Black-water fever - Number 35
Disease focus: Fever
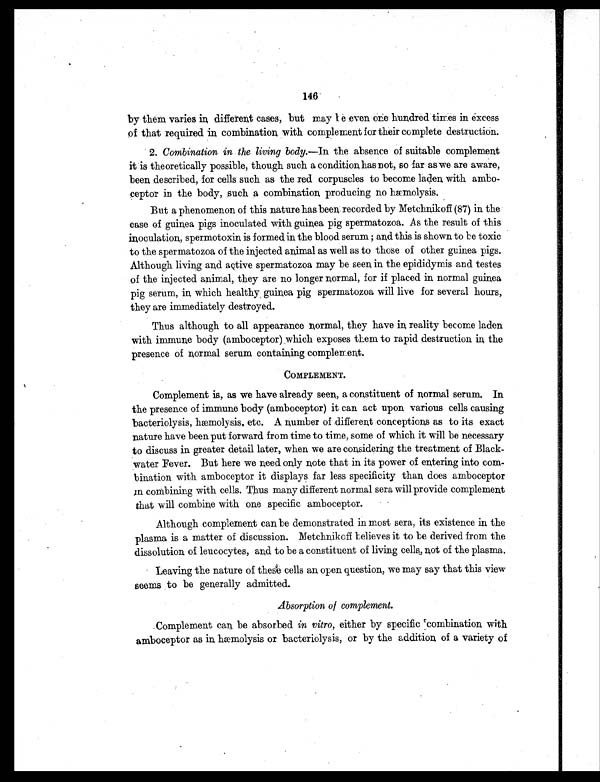
146
by them varies in different cases, but may be even one hundred times in excess
of that required in combination with complement for their complete destruction.
2. Combination in the living body.—In the absence of suitable complement
it is theoretically possible, though such a condition has not, so far as we are aware,
been described, for cells such as the red corpuscles to become laden with ambo-
ceptor in the body, such a combination producing no hæmolysis.
But a phenomenon of this nature has been recorded by Metchnikoff (87) in the
case of guinea pigs inoculated with guinea pig spermatozoa. As the result of this
inoculation, spermotoxin is formed in the blood serum ; and this is shown to be toxic
to the spermatozoa of the injected animal as well as to those of other guinea pigs.
Although living and active spermatozoa may be seen in the epididymis and testes
of the injected animal, they are no longer normal, for if placed in normal guinea
pig serum, in which healthy guinea pig spermatozoa will live for several hours,
they are immediately destroyed.
Thus although to all appearance normal, they have in reality become laden
with immune body (amboceptor) which exposes them to rapid destruction in the
presence of normal serum containing complement.
COMPLEMENT.
Complement is, as we have already seen, a constituent of normal serum. In
the presence of immune body (amboceptor) it can act upon various cells causing
bacteriolysis, hæmolysis, etc. A number of different conceptions as to its exact
nature have been put forward from time to time, some of which it will be necessary
to discuss in greater detail later, when we are considering the treatment of Black-
water Fever. But here we need only note that in its power of entering into com-
bination with amboceptor it displays far less specificity than does amboceptor
in combining with cells. Thus many different normal sera will provide complement
that will combine with one specific amboceptor.
Although complement can be demonstrated in most sera, its existence in the
plasma is a matter of discussion. Metchnikoff believes it to be derived from the
dissolution of leucocytes, and to be a constituent of living cells, not of the plasma.
Leaving the nature of these cells an open question, we may say that this view
seems to be generally admitted.
Absorption of complement.
Complement can be absorbed in vitro, either by specific combination with
amboceptor as in hæmolysis or bacteriolysis, or by the addition of a variety of